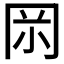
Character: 𠕚